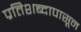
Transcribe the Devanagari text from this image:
प्रतिशब्दापासून